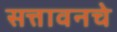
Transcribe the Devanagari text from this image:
सत्तावनचे